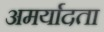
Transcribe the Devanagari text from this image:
अमर्यादता